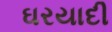
ઘરયાદી